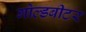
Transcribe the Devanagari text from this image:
गोल्डबीटर